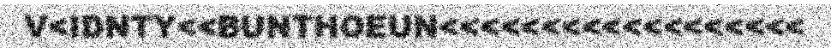
V<IDNTY<<BUNTHOEUN<<<<<<<<<<<<<<<<<<